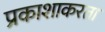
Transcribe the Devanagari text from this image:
प्रकाशाकरता